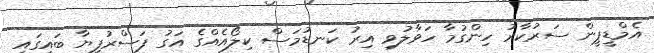
އެމްޑީޕީން ސަރުކާރު ހިންގުމާ ހަވާލުވި އިރު ކަނޑުމަސް ކިލޯއެއްގެ އަގު ފަސްރުފިޔާ ބައިގައި